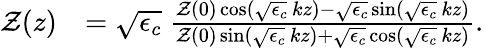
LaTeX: \begin{array}{rl}{\mathcal{Z}(z)}&{=\sqrt{\epsilon_{c}}\; \frac{\mathcal{Z}(0)\cos(\sqrt{\epsilon_{c}}\, kz)-\sqrt{\epsilon_{c}}\sin(\sqrt{\epsilon_{c}}\, kz)}{\mathcal{Z}(0)\sin(\sqrt{\epsilon_{c}}\, kz)+\sqrt{\epsilon_{c}}\cos(\sqrt{\epsilon_{c}}\, kz)}.}\end{array}